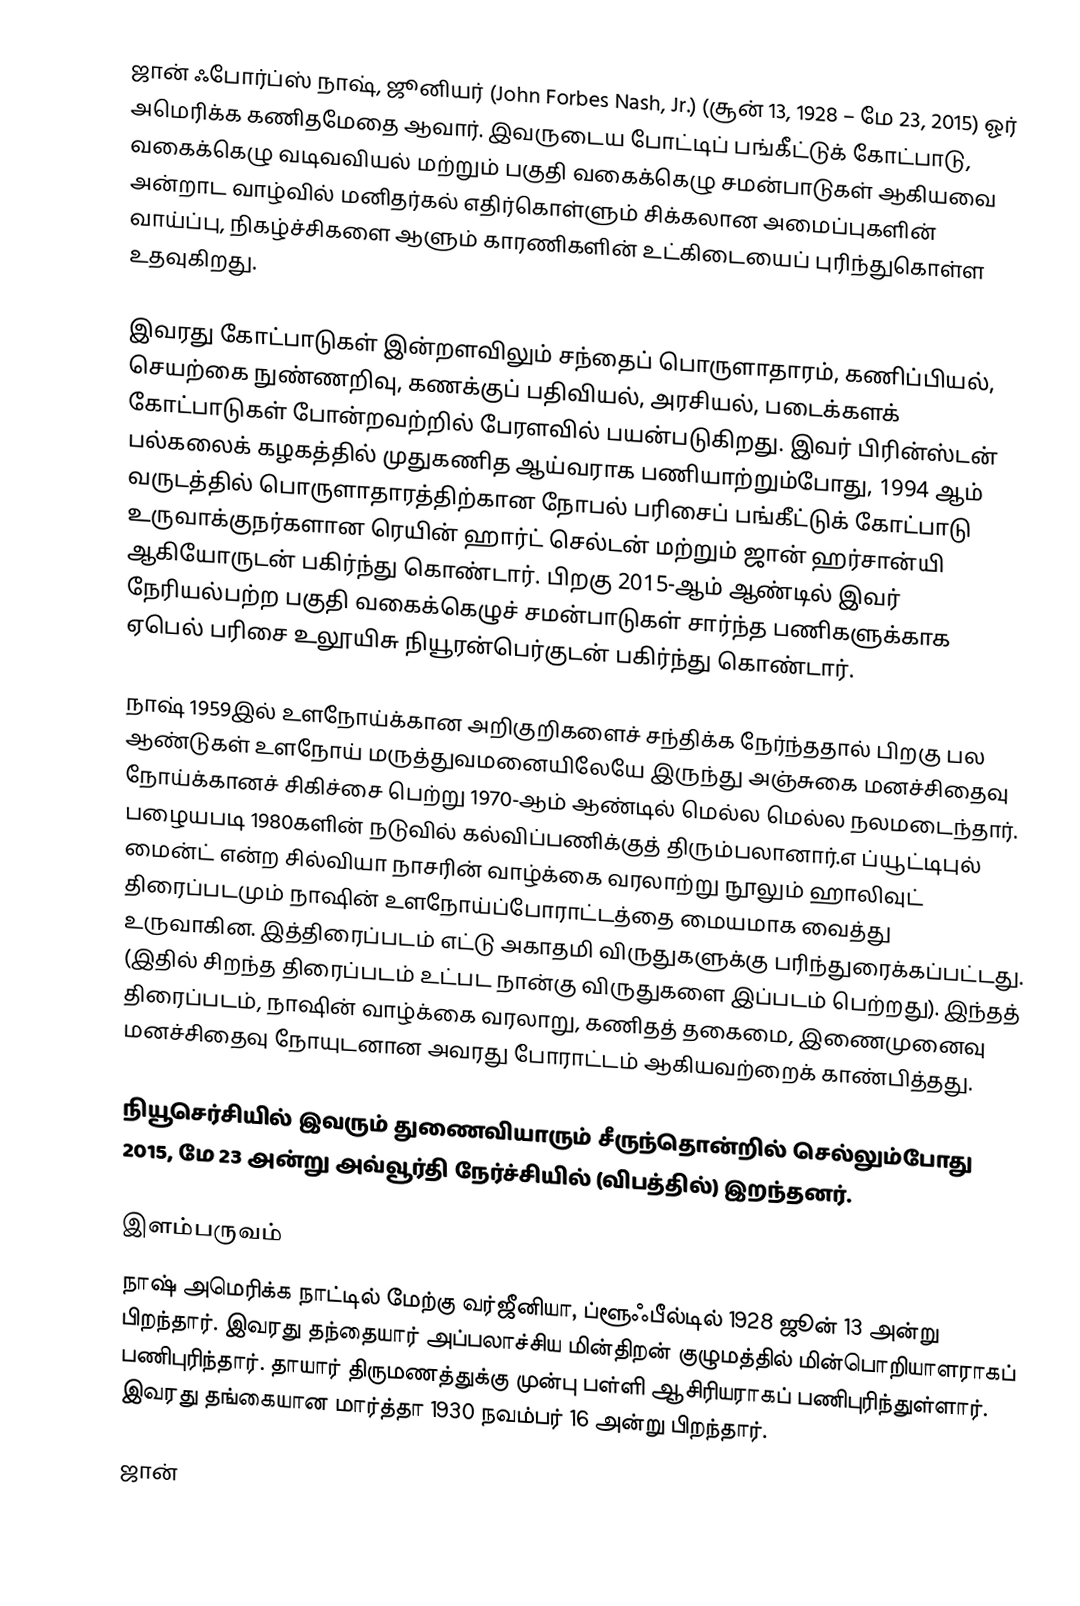
ஜான் ஃபோர்ப்ஸ் நாஷ், ஜூனியர் (John Forbes Nash, Jr.) (சூன் 13, 1928  – மே 23, 2015) ஓர் அமெரிக்க கணிதமேதை ஆவார். இவருடைய போட்டிப் பங்கீட்டுக் கோட்பாடு, வகைக்கெழு வடிவவியல் மற்றும் பகுதி வகைக்கெழு சமன்பாடுகள் ஆகியவை அன்றாட வாழ்வில் மனிதர்கல் எதிர்கொள்ளும் சிக்கலான அமைப்புகளின் வாய்ப்பு, நிகழ்ச்சிகளை ஆளும் காரணிகளின் உட்கிடையைப் புரிந்துகொள்ள உதவுகிறது.

இவரது கோட்பாடுகள் இன்றளவிலும் சந்தைப் பொருளாதாரம், கணிப்பியல், செயற்கை நுண்ணறிவு, கணக்குப் பதிவியல், அரசியல், படைக்களக் கோட்பாடுகள் போன்றவற்றில் பேரளவில்  பயன்படுகிறது. இவர் பிரின்ஸ்டன் பல்கலைக் கழகத்தில் முதுகணித ஆய்வராக பணியாற்றும்போது, 1994 ஆம் வருடத்தில் பொருளாதாரத்திற்கான நோபல் பரிசைப் பங்கீட்டுக் கோட்பாடு உருவாக்குநர்களான ரெயின் ஹார்ட் செல்டன் மற்றும் ஜான் ஹர்சான்யி ஆகியோருடன் பகிர்ந்து கொண்டார். பிறகு 2015-ஆம் ஆண்டில் இவர் நேரியல்பற்ற பகுதி வகைக்கெழுச் சமன்பாடுகள் சார்ந்த பணிகளுக்காக ஏபெல் பரிசை உலூயிசு நியூரன்பெர்குடன் பகிர்ந்து கொண்டார்.

நாஷ் 1959இல் உளநோய்க்கான அறிகுறிகளைச் சந்திக்க நேர்ந்ததால் பிறகு பல ஆண்டுகள் உளநோய் மருத்துவமனையிலேயே இருந்து அஞ்சுகை மனச்சிதைவு நோய்க்கானச் சிகிச்சை பெற்று 1970-ஆம் ஆண்டில் மெல்ல மெல்ல நலமடைந்தார். பழையபடி 1980களின் நடுவில் கல்விப்பணிக்குத் திரும்பலானார்.எ ப்யூட்டிபுல் மைன்ட் என்ற சில்வியா நாசரின் வாழ்க்கை வரலாற்று நூலும் ஹாலிவுட் திரைப்படமும் நாஷின் உளநோய்ப்போராட்டத்தை மையமாக வைத்து உருவாகின. இத்திரைப்படம் எட்டு அகாதமி விருதுகளுக்கு பரிந்துரைக்கப்பட்டது. (இதில் சிறந்த திரைப்படம் உட்பட நான்கு விருதுகளை இப்படம் பெற்றது). இந்தத் திரைப்படம், நாஷின் வாழ்க்கை வரலாறு, கணிதத் தகைமை, இணைமுனைவு மனச்சிதைவு நோயுடனான அவரது போராட்டம்  ஆகியவற்றைக் காண்பித்தது.

நியூசெர்சியில் இவரும் துணைவியாரும் சீருந்தொன்றில் செல்லும்போது 2015, மே 23 அன்று அவ்வூர்தி நேர்ச்சியில் (விபத்தில்) இறந்தனர்.

இளம்பருவம்
நாஷ் அமெரிக்க நாட்டில் மேற்கு வர்ஜீனியா, ப்ளூஃபீல்டில் 1928 ஜூன் 13 அன்று பிறந்தார். இவரது தந்தையார் அப்பலாச்சிய மின்திறன் குழுமத்தில் மின்பொறியாளராகப் பணிபுரிந்தார். தாயார் திருமணத்துக்கு முன்பு பள்ளி ஆசிரியராகப் பணிபுரிந்துள்ளார். இவரது தங்கையான மார்த்தா 1930 நவம்பர் 16 அன்று பிறந்தார்.

ஜான்